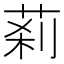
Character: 䓭